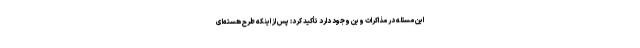
این مسئله در مذاکرات وین وجود دارد تأکید کرد: پس از اینکه طرح هسته‌ای